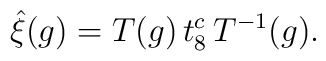
\hat{\xi}(g)=T(g)\,t^c_8\,T^{-1}(g).